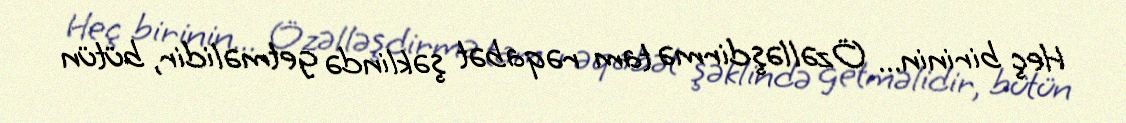
Heç birinin... Özəlləşdirmə tam rəqabət şəklində getməlidir, bütün